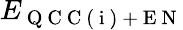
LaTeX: E_{\mathrm{~Q~C~C~(~i~)~+~E~N~}}